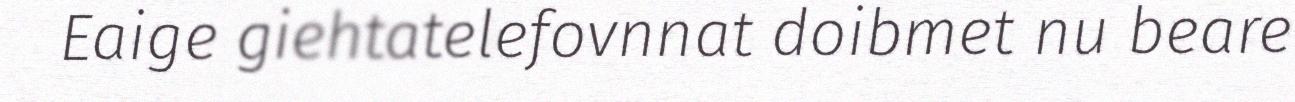
Eaige giehtatelefovnnat doibmet nu beare